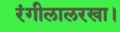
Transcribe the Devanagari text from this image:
रंगीलालरखा।